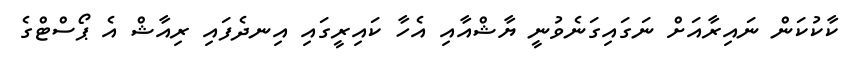
ކާކުކަން ނައިރާއަށް ނަގައިގަނެވުނީ ޔާޝްއާއި އެހާ ކައިރީގައި އިނދެފައި ރިއާޝް އެ ޕޯސްޓްގެ